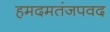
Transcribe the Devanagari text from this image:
हमदमतंजपवद